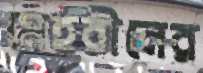
মেহরীনের